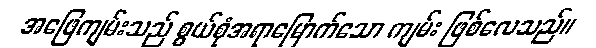
အဖြေကျမ်းသည် စွယ်စုံအရာမြောက်သော ကျမ်း ဖြစ်လေသည်။